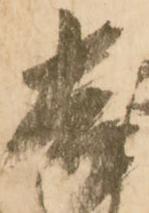
吉